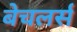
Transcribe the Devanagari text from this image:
बेचलर्स